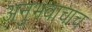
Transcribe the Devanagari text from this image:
अनुभवाचाच